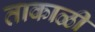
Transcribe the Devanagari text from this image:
ताकाळी